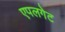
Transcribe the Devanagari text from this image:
एपलगेट